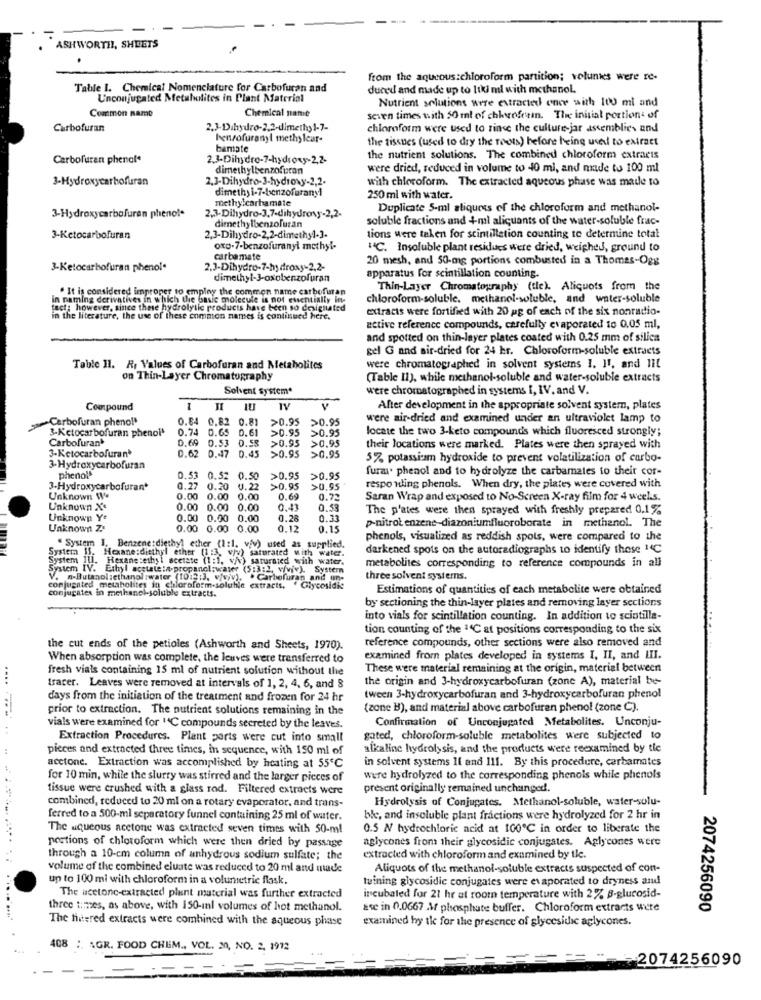
ASHWORTHL, SHEETS
from the aqueous:chloroform partition; velunies were re-
Table 1. Chemical Nomenclature for Carbofuran and
duced and made up to 100 ml with methanol.
Unconjugated Metabolites in Plant Material
Nutrient solutions were extracted once with 100 ml and
Common namo
Chemical name
seven times with 50 ml of chloroform. The initial portions of
Carbofuran
2.3-Dihydro-2.2-dimethyl-7-
chloroform were used to rinse the culture jar assemblies and
benzofuranyl methy leur-
the tissues (used to dry the roots) before being used to extract
bamate
Carbofuran phenol*
2.3-Dihydro-7-hydroxy-2,2-
the nutrient solutions. The combined chloroform extracts
dimethylbenzofuran
were dried, reduced in volume to 40 mi, and made to 100 ml
3-Hydroxycarbofuran
2.3-Dihydro-3-hydroxy-2,2.
with chloroform. The extracted aqueous phase was made to
dimethy i-7-benzofarany1
methylcarbamate
250 ml with water.
Duplicate 5-ml aliquess of the chloroform and methanol-
3-Hydroxycarbofuran phenol
2,3-Dihydro-3,7-dihydroxy-2,2-
dimethylbenzofuran
soluble fractions and +ml aliquants of the water-soluble frac-
3-Ketocarbofuran
2,3-Dihydro-2,2-dimethyl-3.
tions were taken for scintilletion counting to determine total
oxD.7-benzofuranyl methyl-
"℃. Insoluble plant residues were dried, weighed, ground to
carbamate
20 mesh, and 50-og portions combusted in a Thomas-Ogg
3-Ketocarbofuran phenol.
2.3-Dihydro-7-hydroxy-2,2-
dimethyl-J-oxobenzofuran
apparatus for scintillation counting.
. It is considered improper to employ the common name carbofuran
Thin-Layer Chromatography (tle). Aliquots from the
in naming derivatives in which the basic molecule is not essentially in-
chloroform-soluble. methanol-soluble, and water-soluble
tect; however, since these hydrolytic products have been so designated
extracts were fortified with 20 pg of each of the six nonradio-
in the literature, the use of these common names is continued here.
active reference compounds, carefully evaporated to 0,05 ml,
and spotted on thin-layer plates coated with 0.25 mm of silica
gel G and air-dried for 24 hr. Chloroform-soluble extracts
Table 11. R. Values of Carbofuran and Metabolites
were chromatographed in solvent systems 1. Il, and Iit
on Thin-Layer Chromatography
(Table II), while methanol-soluble and water-soluble extracts
Solvent system*
were chromatographed in systems I, IV. and V.
Compound
1U
TV
After development in the appropriate solvent system, plates
Carbofuran pheno!'
0.64
0.82
0.81
>0.95
>0.95
were air-dried and examined under an ultraviolet lamp to
0.74
D.65 0.61
>0.95
>0.95
locate the two 3-keto compounds which fluoresced strongly;
Carbofuran'
3-Ketocarbofuran phenol'
0.69
0.53
0.58
>0.95
>0.95
3-Ketocarbofuran'
0.45
their locations were marked. Plates were then sprayed with
0.62 0.47
>0.95
>0.95
57, potassium hydroxide to prevent volatilization of carbo-
3-Hydroxycarbofuran
furar. phenol and to hydrolyze the carbamates to their cor-
phenol
0.53 0.52 0.50
>0.95
>0.95
3-Hydroxycarbofuran*
0.27 0.20 0.22
>0.95
>0,95
responding phenols. When dry, the plates were covered with
Unknown We
0.00
0.00 0.00
0.69
0.72
Saran Wrap and exposed to No-Screen X-ray film for 4 weel.s.
Unknown X
0.00
0.00 0.00
0.43
0.53
The p'ates were then sprayed with freshly prepared 0,1%
Unknown Ye
0.00 0.00 0.00
0.28
0.33
Unknown ZE
0.00 0.00 0.00
0.12
0.15
p-nitrobenzene-diazoniumfluoroborate in methanol. The
phenols, visualized as reddish spots, were compared to the
" System 1, Benzene : diethyl ether (1:1. viv) used as supplied.
saturated with water.
darkened spots on the autoradiographs to identify those 1C
System II1.
System IS. Hexane:diethyl ether (1 :3, w/4)
Hexane :ethyl acetate (1 :1. )
saturated with water.
metabolites corresponding to reference compounds in all
System IV. Ethyl acetate :- propanol;water (5:3:2, viviv). Systern
V. - Butanol:ethanol :water (1012:3, viviv).
Carbofuran and un-
three solvent systems.
conjugated metabolites in chloroform-soluhle extracts. " Glycosidie
conjugates in methanol-soluble extracts.
Estimations of quantities of each metabolite were obtained
by sectioning the thin-layer plates and removing layer sections
into vials for scintillation counting. In addition to scintille-
tion counting of the 1'C at positions corresponding to the six
reference compounds, other sections were also removed and
the cut ends of the petioles (Ashworth and Sheets, 1970).
When absorption was complete, the leaves were transferred to
examined from plates developed in systems I, II, and LII.
fresh vials containing 15 ml of nutrient solution without the
These were material remaining at the origin, material between
....
the origin and 3-hydroxycarbofuran (zone A), material be-
tracer. Leaves were removed at intervals of 1, 2, 4, 6, and 8
days from the initiation of the treatment and frozen for 24 hr
tween 3-hydroxycarbofuran and 3-hydroxycarbofuran phenol
.. .
prior to extraction. The nutrient solutions remaining in the
(zone B), and material above carbofuran phenol (zone C).
Confirmation of Unconjugated Metabolites. Unconju-
vials were examined for "C compounds secreted by the leaves.
Extraction Procedures. Plant ports were cut into small
gated, chloroform-soluble metabolites were subjected to
pieces and extracted three times, in sequence, with 150 ml of
alkaline hydrolysis, and the products were reexamined by tie
in solvent systems 11 and 111. By this procedure, carbamates
acetone. Extraction was accomplished by heating at 55℃
for 10 min, while the slurry was stirred and the larger pieces of
were hydrolyzed to the corresponding phenols while phenols
tissue were crushed with a glass rod. Filtered extracts were
present originally remained unchanged.
Hydrolysis of Conjugates. Afethanol-soluble, water-solu-
combined, reduced to 20 ml on a rotary evaporator, and trans-
ferred to a 500-ml separatory funnel containing 25 ml of water.
ble, and insoluble plant fractions were hydrolyzed for 2 hr in
The aqueous acetone was extracted seven times with 50-ml
0.5 N hydrochloric acid at 100℃ in order to liberate the
aglycones from their glycosidic conjugates. Aglycones were
portions of chloroform which were then dried by passage
through a 10-cm column of anhydrous sodium sulfate; the
extracted with chloroform and examined by tle.
volume of the combined eluate was reduced to 20 ml and made
Aliquots of the methanol-soluble extracts suspected of con-
up to 100 ml with chloroform in a volumetric flask.
tuining glycosidic conjugates were evaporated to dryness and
The usetone-extracted plant material was further extracted
incubated for 21 hr at room temperature with 2% B-glucosid-
three times, as above, with 150-inl volumes of hot methanol.
Ese in 0.0667 M phosphate buffer. Chloroform extracts were
2074256090
The fivered extracts were combined with the aqueous phase
examined hy tle for the presence of glycesidic aglycones.
408 :. AGR. FOOD CHEM ., VOL. 30, NO. 2. 1912
-2074256090
--
- .